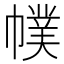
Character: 幞